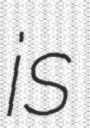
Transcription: is